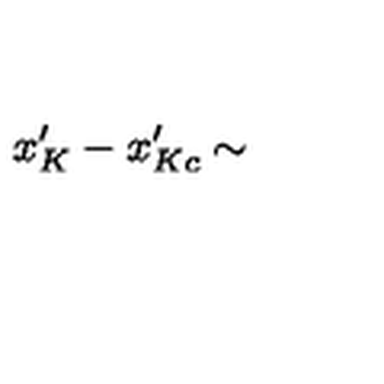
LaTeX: x _ { K } ^ { \prime } - x _ { K c } ^ { \prime } \sim